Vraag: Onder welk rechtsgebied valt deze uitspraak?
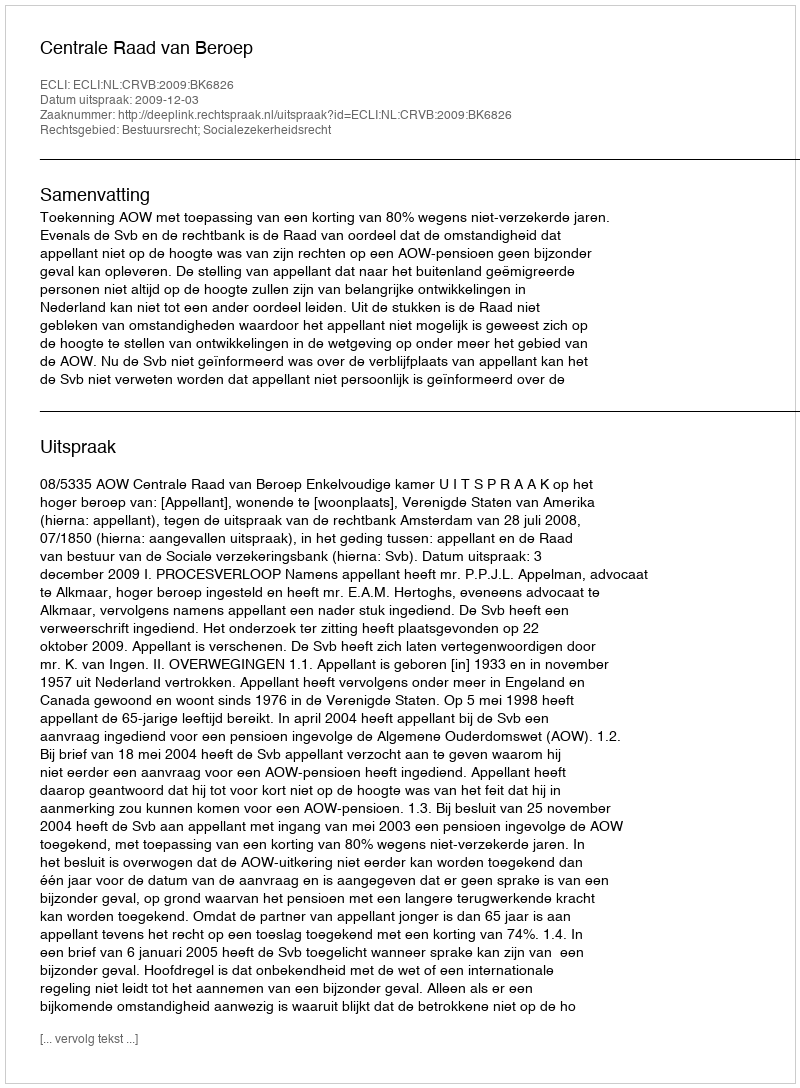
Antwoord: Bestuursrecht; Socialezekerheidsrecht